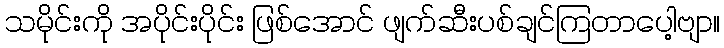
သမိုင်းကို အပိုင်းပိုင်း ဖြစ်အောင် ဖျက်ဆီးပစ်ချင်ကြတာပေါ့ဗျာ။